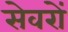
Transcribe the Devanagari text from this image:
सेवरों